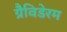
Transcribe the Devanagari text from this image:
ग्रैविडेरम